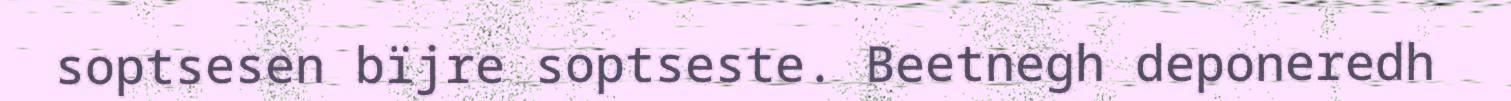
soptsesen bïjre soptseste. Beetnegh deponeredh